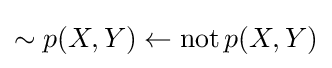
\sim p(X,Y)\leftarrow \operatorname {not} p(X,Y)